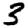
Digit: 3